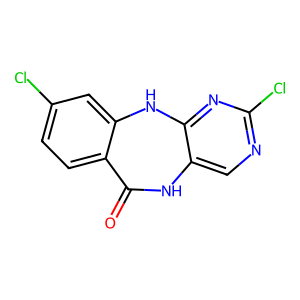
SMILES: O=C1Nc2cnc(Cl)nc2Nc2cc(Cl)ccc21
Inhibits HIV replication: No